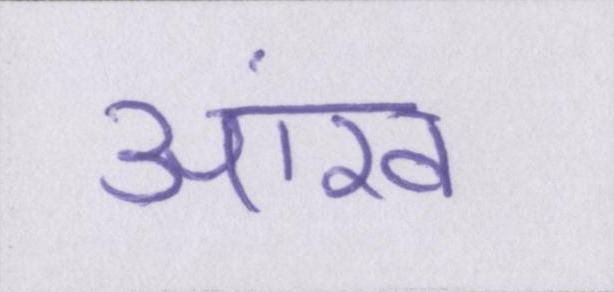
आंख